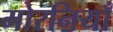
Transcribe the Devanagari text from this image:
मोरनियाँ